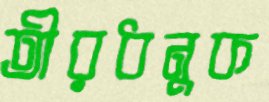
তীরধনুক